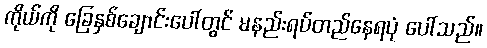
ကိုယ်ကို ခြေနှစ်ချောင်းပေါ်တွင် မနည်းရပ်တည်နေရပုံ ပေါ်သည်။